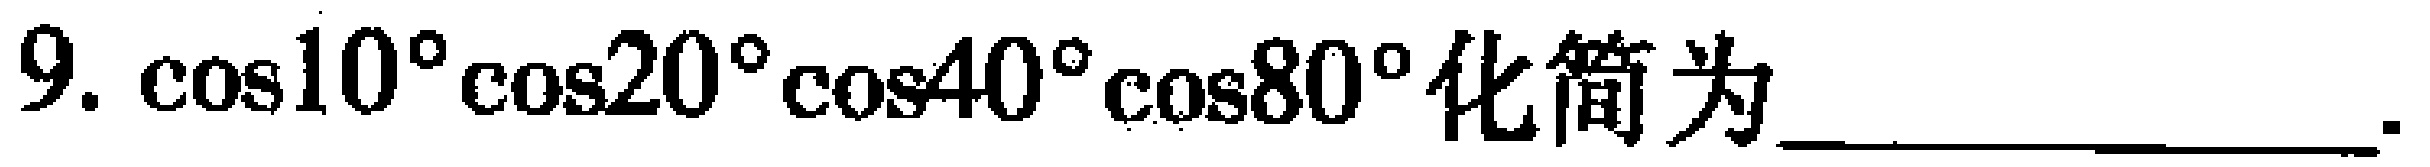
$9.\ \cos10^{\circ}\cos20^{\circ}\cos40^{\circ}\cos80^{\circ}\text{化简为________________}.$